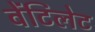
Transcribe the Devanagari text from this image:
वेंटिलेट